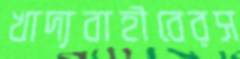
খাদ্যবাহীবেরস